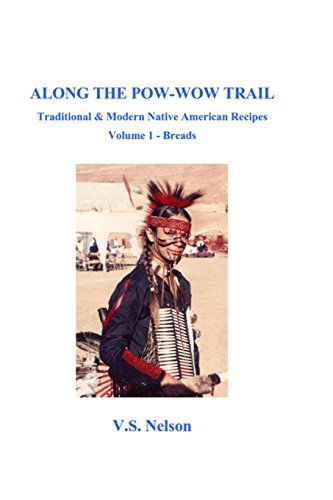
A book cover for Along the Pow-Wow Trail: Traditional & Modern Native American Recipes (Along the Pow-Wow Trail - Breads) (Volume 1); Virginia Susan Nelson; Cookbooks, Food & Wine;